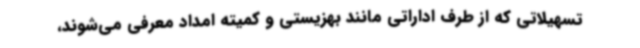
تسهیلاتی که از طرف اداراتی مانند بهزیستی و کمیته امداد معرفی می‌شوند،